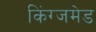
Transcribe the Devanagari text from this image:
किंग्जमेड